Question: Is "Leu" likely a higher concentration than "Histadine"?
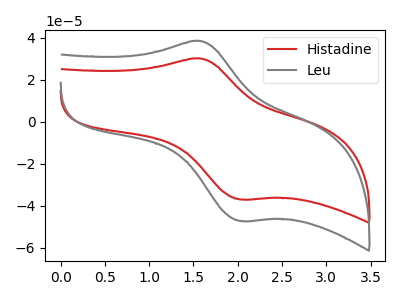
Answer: <think>The red curve "Histadine" has an anodic peak at (1.60V, 30.05uA) and a cathodic peak at (2.05V, -37.00uA). The gray curve "Leu" has an anodic peak at (1.60V, 38.35uA) and a cathodic peak at (2.05V, -47.30uA).
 All the peaks in "Leu" have a peak in "Histadine" at the same potential. Every peak in "Leu" is higher than every peak in "Histadine".</think>
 <answer>"Leu" has more signal than "Histadine".</answer>
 <eval>more_signal</eval>